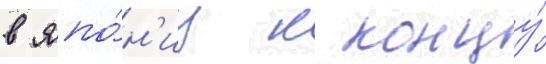
в япо́н'иу к концу́